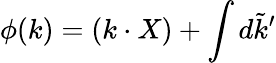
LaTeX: \phi(k)=(k\cdot X)+\int d\tilde{k}^{\prime}